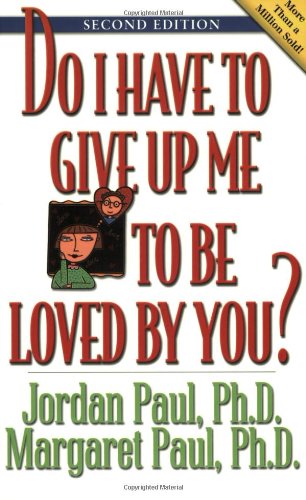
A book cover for Do I Have to Give Up Me to Be Loved by You: Second Edition; Jordan Paul Ph.D.; Parenting & Relationships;